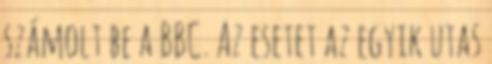
számolt be a BBC. Az esetet az egyik utas